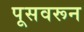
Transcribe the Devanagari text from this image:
पूसवरून